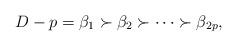
LaTeX: \begin{align*} D-p=\beta_1\succ\beta_2\succ\cdots\succ\beta_{2p}, \end{align*}